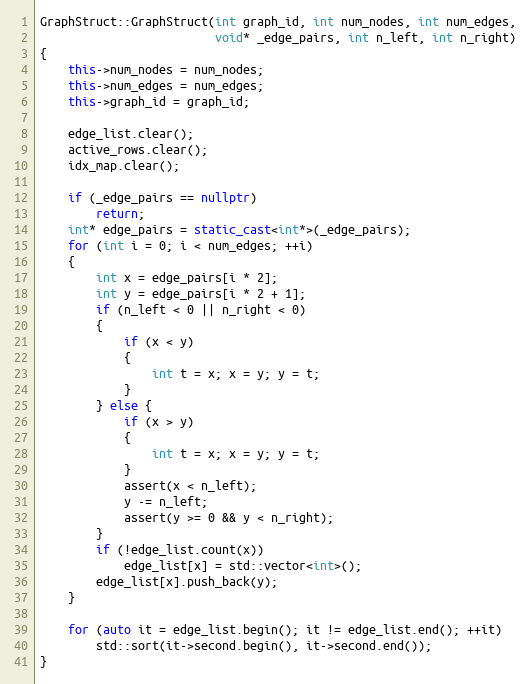
Language: C++
GraphStruct::GraphStruct(int graph_id, int num_nodes, int num_edges,
                         void* _edge_pairs, int n_left, int n_right)
{
    this->num_nodes = num_nodes;
    this->num_edges = num_edges;
    this->graph_id = graph_id;

    edge_list.clear();
    active_rows.clear();
    idx_map.clear();

    if (_edge_pairs == nullptr)
        return;
    int* edge_pairs = static_cast<int*>(_edge_pairs);
    for (int i = 0; i < num_edges; ++i)
    {
        int x = edge_pairs[i * 2];
        int y = edge_pairs[i * 2 + 1];
        if (n_left < 0 || n_right < 0)
        {
            if (x < y)
            {
                int t = x; x = y; y = t;
            }
        } else {
            if (x > y)
            {
                int t = x; x = y; y = t;
            }
            assert(x < n_left);
            y -= n_left;
            assert(y >= 0 && y < n_right);
        }
        if (!edge_list.count(x))
            edge_list[x] = std::vector<int>();
        edge_list[x].push_back(y);
    }

    for (auto it = edge_list.begin(); it != edge_list.end(); ++it)
        std::sort(it->second.begin(), it->second.end());
}